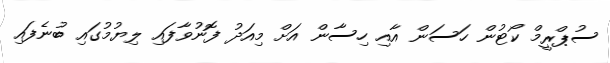
ސުޕްރީމް ކޯޓުން ހަސަން އާއި ހިސާން އަށް މިއަދު ފޮނުވާފައި ލިޔުމުގައި ބުނެފައި